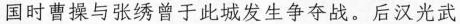
国时曹操与张绣曾于此城发生争夺战。后汉光